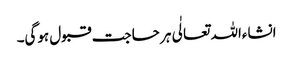
انشاءاللہ تعالٰی ہر حاجت قبول ہوگی۔